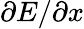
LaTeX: \partial E/\partial x